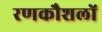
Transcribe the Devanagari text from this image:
रणकौशलों